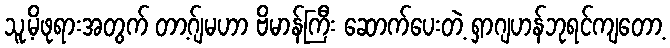
သူ့မိဖုရားအတွက် တာ့ဂ်ျမဟာ ဗိမာန်ကြီး ဆောက်ပေးတဲ့ ရှာဂျဟန်ဘုရင်ကျတော့